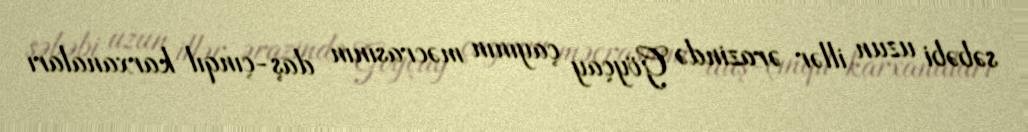
səbəbi uzun illər ərazində Göyçay çayının məcrasının daş-çınqıl karxanaları